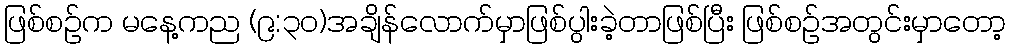
ဖြစ်စဉ်က မနေ့ကည (၉:၃၀)အချိန်လောက်မှာဖြစ်ပွါးခဲ့တာဖြစ်ပြီး ဖြစ်စဉ်အတွင်းမှာတော့